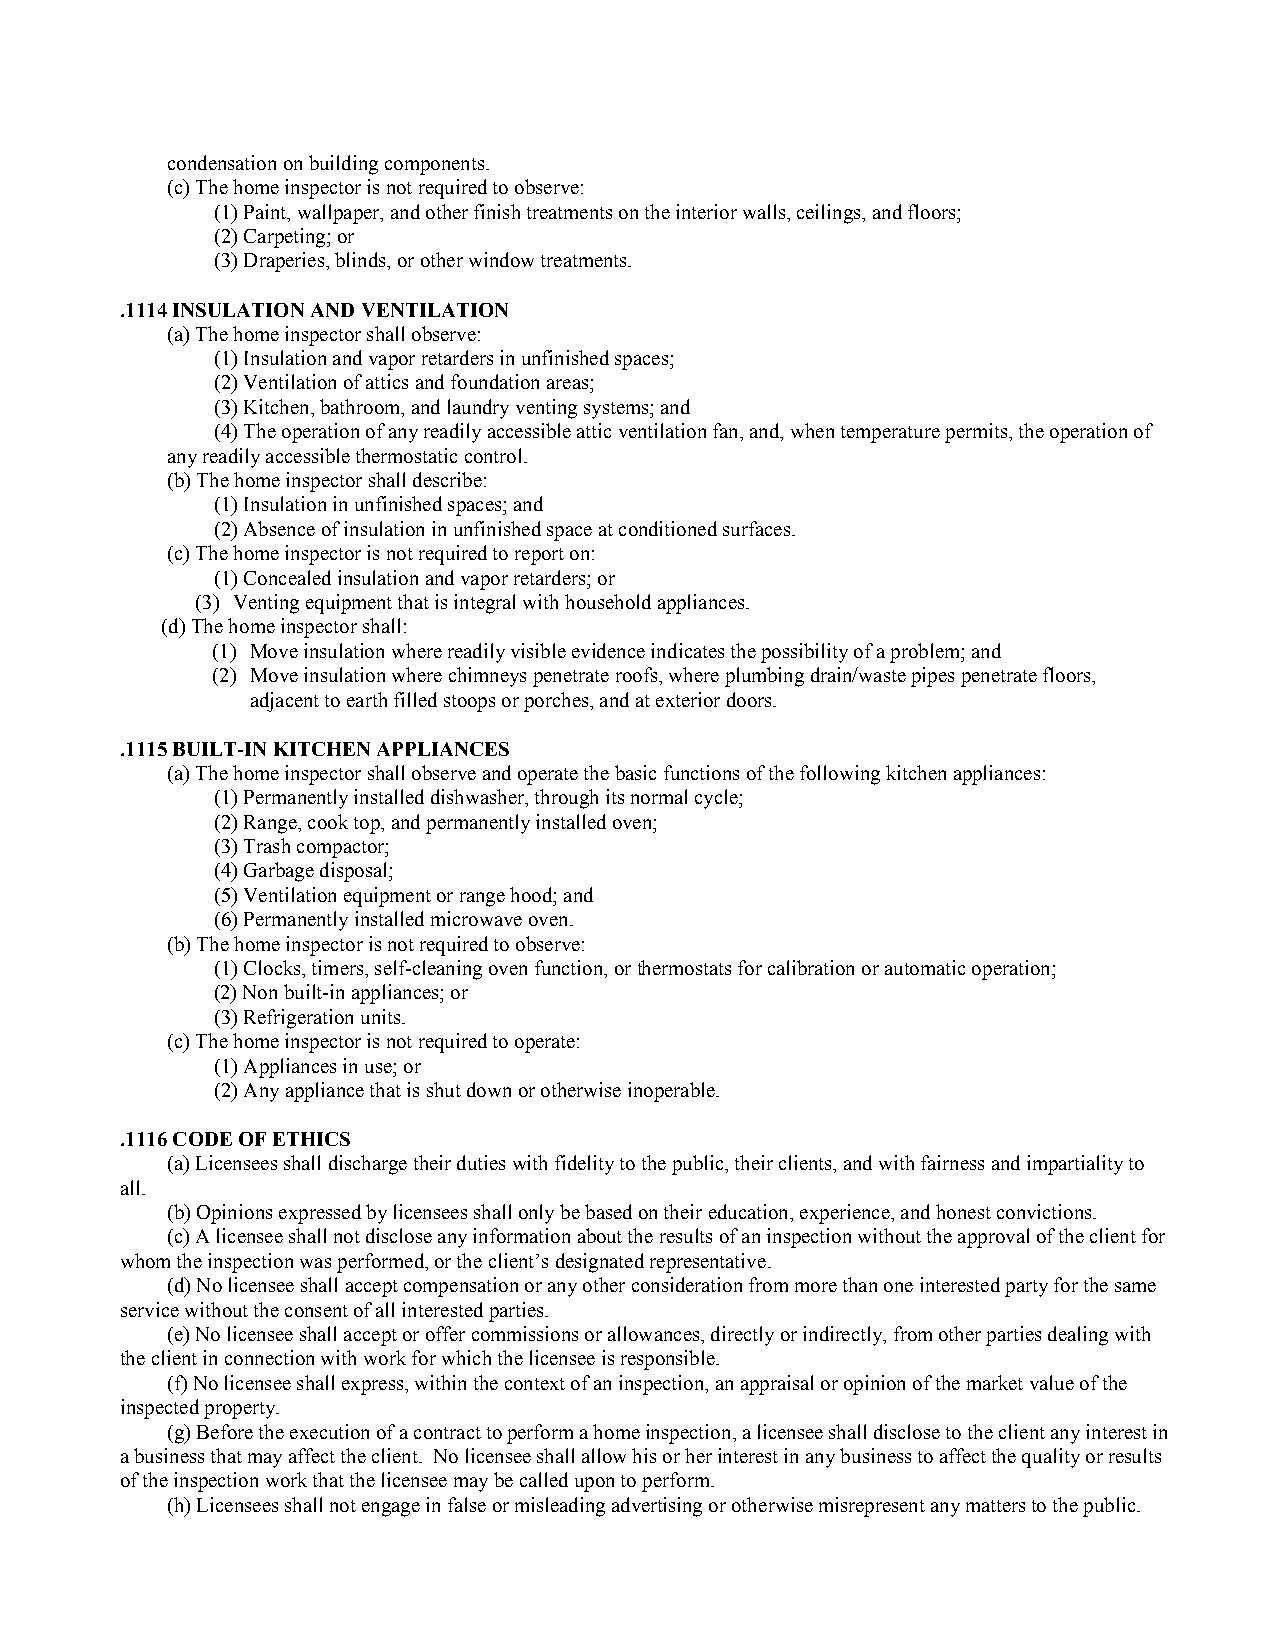
condensation on building components.
 (c) The home inspector is not required to observe:
 (1) Paint, wallpaper, and other finish treatments on the interior walls, ceilings, and floors;
 (2) Carpeting; or
 (3) Draperies, blinds, or other window treatments.
 .1114 INSULATION AND VENTILATION
 (a) The home inspector shall observe:
 (1) Insulation and vapor retarders in unfinished spaces;
 (2) Ventilation of attics and foundation areas;
 (3) Kitchen, bathroom, and laundry venting systems; and
 (4) The operation of any readily accessible attic ventilation fan, and, when temperature permits, the operation of
 any readily accessible thermostatic control.
 (b) The home inspector shall describe:
 (1) Insulation in unfinished spaces; and
 (2) Absence of insulation in unfinished space at conditioned surfaces.
 (c) The home inspector is not required to report on:
 (1) Concealed insulation and vapor retarders; or
 (3) Venting equipment that is integral with household appliances.
 (d) The home inspector shall:
 (1) Move insulation where readily visible evidence indicates the possibility of a problem; and
 (2) Move insulation where chimneys penetrate roofs, where plumbing drain/waste pipes penetrate floors,
 adjacent to earth filled stoops or porches, and at exterior doors.
 .1115 BUILT-IN KITCHEN APPLIANCES
 (a) The home inspector shall observe and operate the basic functions of the following kitchen appliances:
 (1) Permanently installed dishwasher, through its normal cycle;
 (2) Range, cook top, and permanently installed oven;
 (3) Trash compactor;
 (4) Garbage disposal;
 (5) Ventilation equipment or range hood; and
 (6) Permanently installed microwave oven.
 (b) The home inspector is not required to observe:
 (1) Clocks, timers, self-cleaning oven function, or thermostats for calibration or automatic operation;
 (2) Non built-in appliances; or
 (3) Refrigeration units.
 (c) The home inspector is not required to operate:
 (1) Appliances in use; or
 (2) Any appliance that is shut down or otherwise inoperable.
 .1116 CODE OF ETHICS
 (a) Licensees shall discharge their duties with fidelity to the public, their clients, and with fairness and impartiality to
 all.
 (b) Opinions expressed by licensees shall only be based on their education, experience, and honest convictions.
 (c) A licensee shall not disclose any information about the results of an inspection without the approval of the client for
 whom the inspection was performed, or the client’s designated representative.
 (d) No licensee shall accept compensation or any other consideration from more than one interested party for the same
 service without the consent of all interested parties.
 (e) No licensee shall accept or offer commissions or allowances, directly or indirectly, from other parties dealing with
 the client in connection with work for which the licensee is responsible.
 (f) No licensee shall express, within the context of an inspection, an appraisal or opinion of the market value of the
 inspected property.
 (g) Before the execution of a contract to perform a home inspection, a licensee shall disclose to the client any interest in
 a business that may affect the client. No licensee shall allow his or her interest in any business to affect the quality or results
 of the inspection work that the licensee may be called upon to perform.
 (h) Licensees shall not engage in false or misleading advertising or otherwise misrepresent any matters to the public.